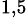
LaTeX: ^{1,5}